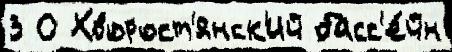
3 О Хворост'янск'ий басс'е́йн